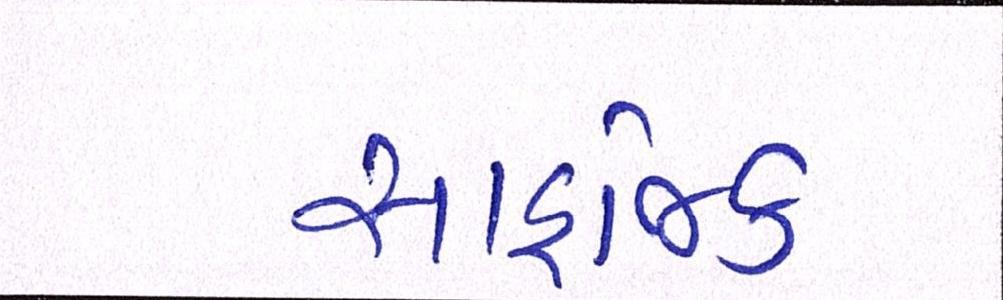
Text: સાહજિક